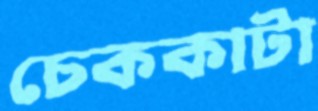
চেককাটা